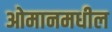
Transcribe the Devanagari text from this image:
ओमानमधील